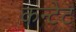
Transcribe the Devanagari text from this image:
कन्टेट